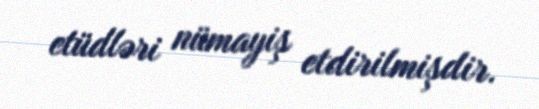
etüdləri nümayiş etdirilmişdir.